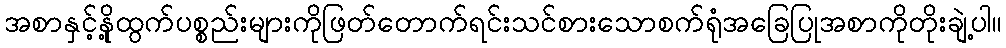
အစာနှင့်နို့ထွက်ပစ္စည်းများကိုဖြတ်တောက်ရင်းသင်စားသောစက်ရုံအခြေပြုအစာကိုတိုးချဲ့ပါ။